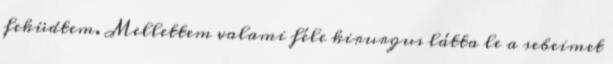
feküdtem. Mellettem valami féle kirurgus látta le a sebeimet